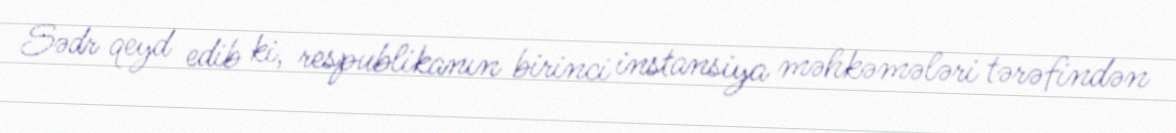
Sədr qeyd edib ki, respublikanın birinci instansiya məhkəmələri tərəfindən